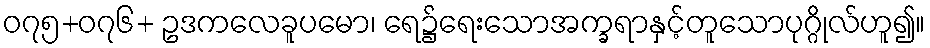
၀၇၅+၀၇၆+ ဥဒကလေခူပမော၊ ရေ၌ရေးသောအက္ခရာနှင့်တူသောပုဂ္ဂိုလ်ဟူ၍။